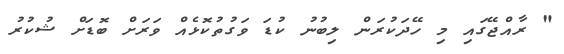
" ރާއްޖޭގައި މި ހޭދަކުރަން ލިބުނު ކުޑަ ވަގުތުކޮޅެއް ވަރަށް ބޮޑަށް ޝުކުރު